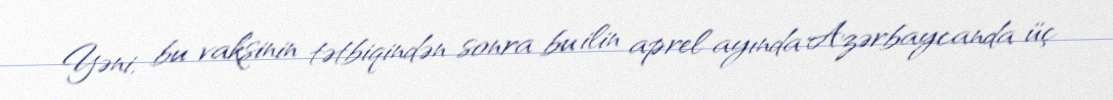
Yəni, bu vaksinin tətbiqindən sonra bu ilin aprel ayında Azərbaycanda üç